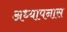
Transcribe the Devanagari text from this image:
अध्यापनास